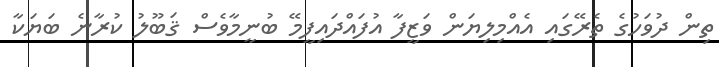
ތިން ދުވަހުގެ ތެރޭގައި އެއްމިލިޔަން ވަޒީފާ އުފައްދައިފީމޭ ބުނީމާވެސް ޤަބޫލު ކުރާނެ ބަޔަކާ